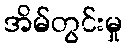
အိမ်တွင်းမှု